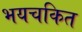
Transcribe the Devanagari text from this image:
भयचकित